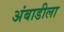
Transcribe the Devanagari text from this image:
अंबाडीला